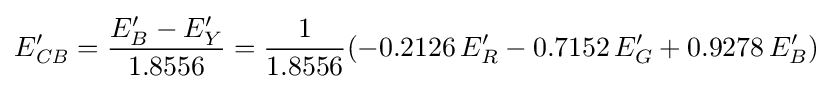
E'_{\mathit {CB}}={\frac {E'_{B}-E'_{Y}}{1.8556}}={\frac {1}{1.8556}}(-0.2126\,E'_{R}-0.7152\,E'_{G}+0.9278\,E'_{B})